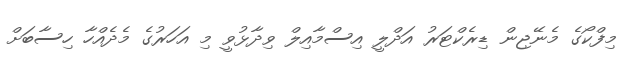
މިފްކޯގެ މެނޭޖިން ޑިރެކްޓަރު އަދްލީ އިސްމާއިލް ވިދާޅުވީ މި އަހަރުގެ މެދެއްހާ ހިސާބަށް